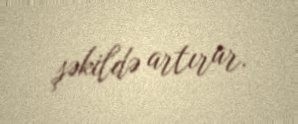
şəkildə artırar.